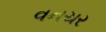
વનચર